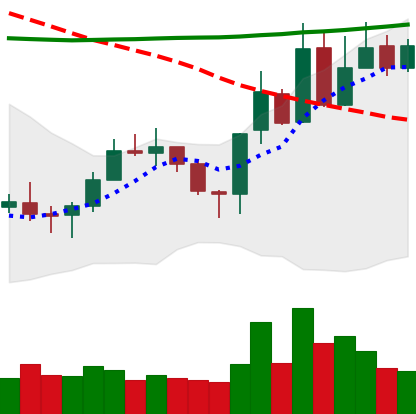
Ticker: XLM-USD
Chart end date: 2020-10-24
Forward return: -9.345%
Label: down_7plus